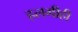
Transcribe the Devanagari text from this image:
हलगीही